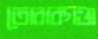
তোরাবগঞ্জ